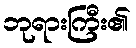
ဘုရားကြီး၏